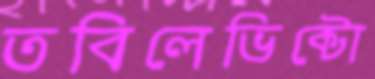
তবিলেভিক্টো